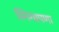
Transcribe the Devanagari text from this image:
स्निग्धपणा